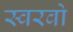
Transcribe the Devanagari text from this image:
स्वरवो